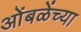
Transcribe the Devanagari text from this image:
ओंबळेंच्या